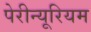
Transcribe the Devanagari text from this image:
पेरीन्यूरियम